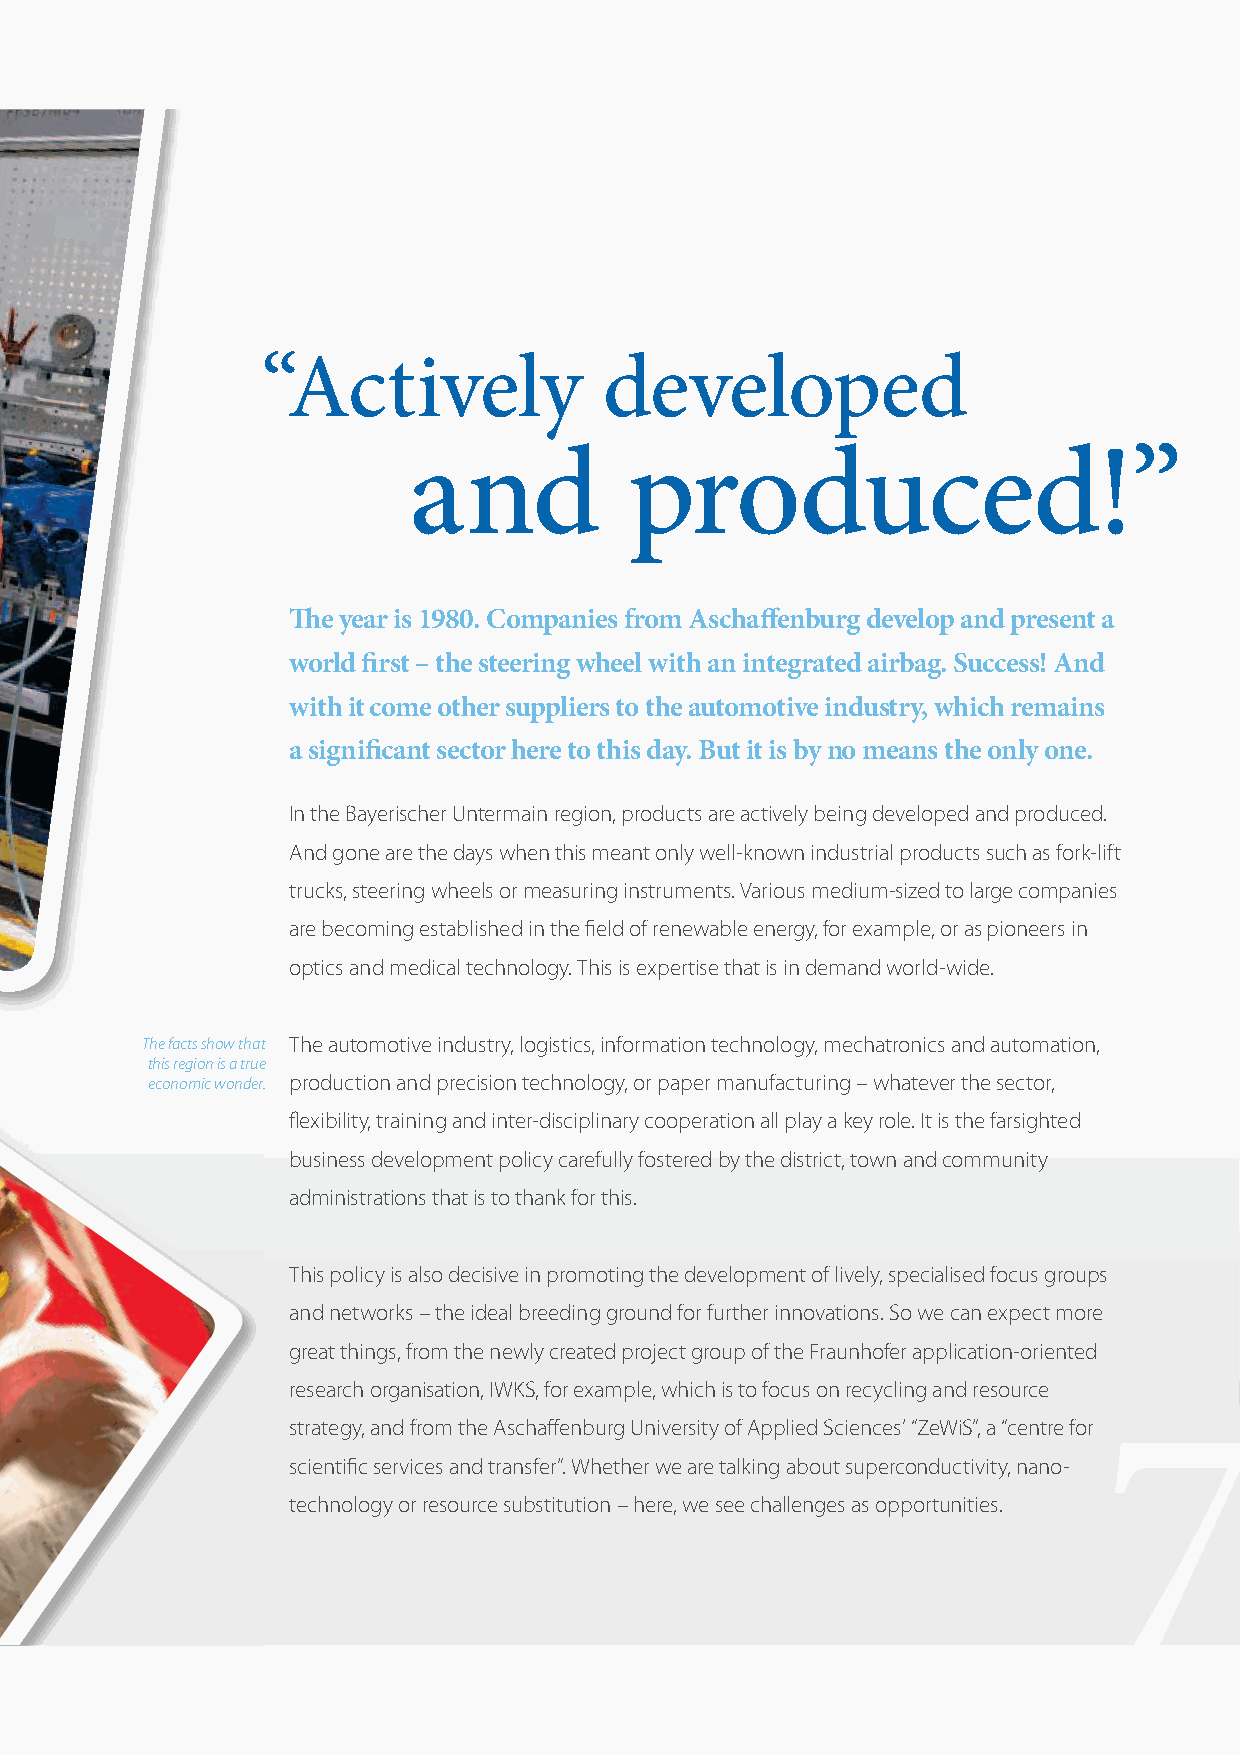
“Actively              developed
 and            produced!”
 The year is 1980. Companies from Aschaffenburg develop and present a
 world first – the steering wheel with an integrated airbag. Success! And
 with it come other suppliers to the automotive industry, which remains
 a significant sector here to this day. But it is by no means the only one.
 In the Bayerischer Untermain region, products are actively being developed and produced.
 And gone are the days when this meant only well-known industrial products such as fork-lift
 trucks, steering wheels or measuring instruments. Various medium-sized to large companies
 are becoming established in the field of renewable energy, for example, or as pioneers in
 optics and medical technology. This is expertise that is in demand world-wide.
 The facts show that The automotive industry, logistics, information technology, mechatronics and automation,
 this region is a true
 economic wonder. production and precision technology, or paper manufacturing – whatever the sector,
 flexibility, training and inter-disciplinary cooperation all play a key role. It is the farsighted
 business development policy carefully fostered by the district, town and community
 administrations that is to thank for this.
 This policy is also decisive in promoting the development of lively, specialised focus groups
 and networks – the ideal breeding ground for further innovations. So we can expect more
 7
 great things, from the newly created project group of the Fraunhofer application-oriented
 research organisation, IWKS, for example, which is to focus on recycling and resource
 strategy, and from the Aschaffenburg University of Applied Sciences’ “ZeWiS”, a “centre for
 scientific services and transfer”. Whether we are talking about superconductivity, nano -
 technology or resource substitution – here, we see challenges as opportunities.